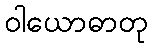
ဝါယောဓာတု